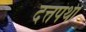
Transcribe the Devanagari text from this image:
दत्तपंथी